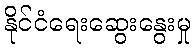
နိုင်ငံရေးဆွေးနွေးမှု